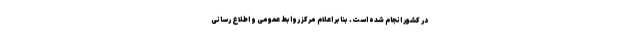
در کشور انجام شده است. بنابر اعلام مرکز روابط عمومی و اطلاع رسانی